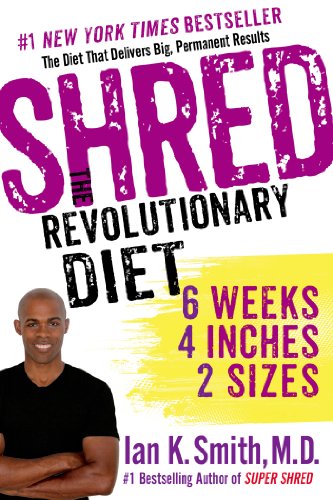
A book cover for Shred: The Revolutionary Diet: 6 Weeks 4 Inches 2 Sizes; Ian K. Smith; Health, Fitness & Dieting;